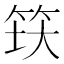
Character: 𬔺